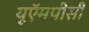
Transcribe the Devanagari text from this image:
यूऍमपीसी